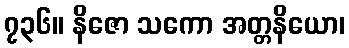
၇၃၆။ နိဇော သကော အတ္တနိယော၊